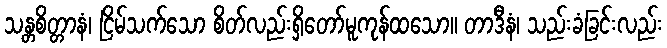
သန္တစိတ္တာနံ၊ ငြိမ်သက်သော စိတ်လည်းရှိတော်မူကုန်ထသော။ တာဒီနံ၊ သည်းခံခြင်းလည်း